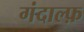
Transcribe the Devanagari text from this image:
गंदाल्फ़